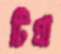
টিপ্রা